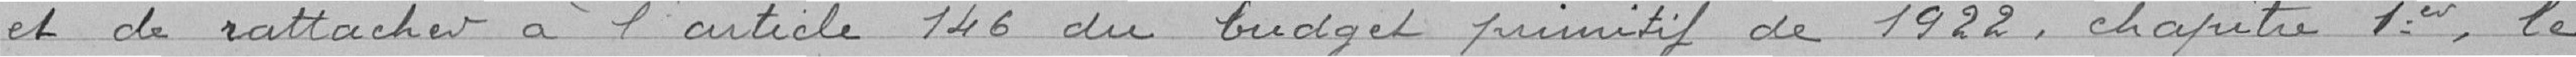
et de rattacher à l'article 146 du budget primitif de 1922, chapitre 1er, le